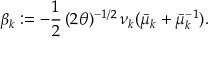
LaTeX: \beta _ { k } : = - \frac { 1 } { 2 } \, ( 2 \theta ) ^ { - 1 / 2 } \, \nu _ { k } ( \bar { \mu } _ { k } + \bar { \mu } _ { k } ^ { - 1 } ) .